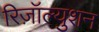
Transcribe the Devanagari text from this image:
रिज़ॉल्युशन